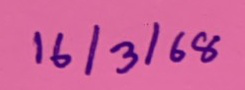
16/3/68